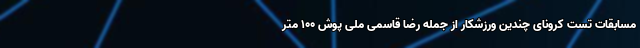
مسابقات تست کرونای چندین ورزشکار از جمله رضا قاسمی ملی پوش ۱۰۰ متر